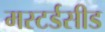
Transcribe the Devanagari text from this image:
मस्टर्डसीड